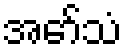
အော်သံ